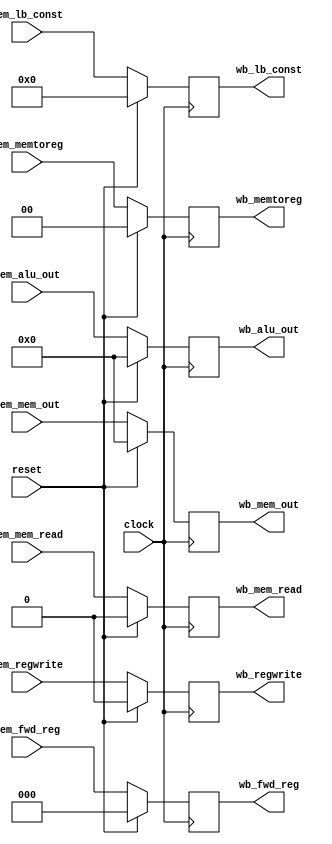
module MEM_WB_Buffer(clock,reset,mem_mem_out,mem_alu_out,mem_lb_const,mem_fwd_reg,
							wb_mem_out,wb_alu_out,wb_lb_const,wb_fwd_reg,mem_memtoreg,mem_regwrite,
							wb_memtoreg,wb_regwrite,mem_mem_read,wb_mem_read
    );
	 
	input clock,reset;
	input [2:0] mem_fwd_reg;
	input [7:0] mem_lb_const;
	input [15:0] mem_mem_out,mem_alu_out;
	input [1:0] mem_memtoreg;
	input mem_regwrite,mem_mem_read;
	
	output reg [2:0] wb_fwd_reg;
	output reg [7:0] wb_lb_const;
	output reg [15:0] wb_mem_out,wb_alu_out;
	output reg [1:0] wb_memtoreg;
	output reg wb_regwrite,wb_mem_read;

	always@(posedge clock) begin
		if(reset)
			wb_fwd_reg = 'd0;
		else
			wb_fwd_reg = mem_fwd_reg;
	end
	
	always@(posedge clock) begin
		if(reset)
			wb_lb_const = 'd0;
		else
			wb_lb_const = mem_lb_const;
	end
	
	always@(posedge clock) begin
		if(reset)
			wb_mem_out = 'd0;
		else
			wb_mem_out = mem_mem_out;
	end
	
	always@(posedge clock) begin
		if(reset)
			wb_alu_out = 'd0;
		else
			wb_alu_out = mem_alu_out;
	end
	
	always@(posedge clock) begin
		if(reset)
			wb_memtoreg = 'd0;
		else
			wb_memtoreg = mem_memtoreg;
	end
	
	always@(posedge clock) begin
		if(reset)
			wb_regwrite = 'd0;
		else
			wb_regwrite = mem_regwrite;
	end
	
	always@(posedge clock) begin
		if(reset)
			wb_mem_read = 'd0;
		else
			wb_mem_read = mem_mem_read;
	end
	
endmodule